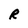
Character: R